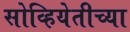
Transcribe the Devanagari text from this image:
सोव्हियेतीच्या